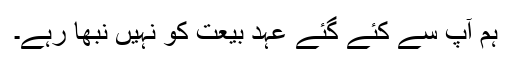
ہم آپ سے کئے گئے عہدِ بیعت کو نہیں نبھا رہے۔